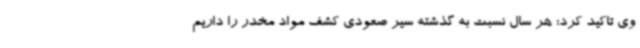
وی تاکید کرد: هر سال نسبت به گذشته سیر صعودی کشف مواد مخدر را داریم